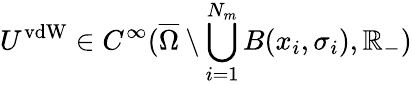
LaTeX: U^{\mathrm{vdW}}\in C^{\infty}(\overline{{\Omega}}\setminus\bigcup_{i=1}^{N_{m}}B(x_{i},\sigma_{i}),\mathbb{R}_{-})